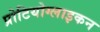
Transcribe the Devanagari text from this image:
प्रोटियोग्लाइकन